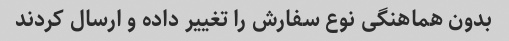
بدون هماهنگی نوع سفارش را تغییر داده و ارسال کردند